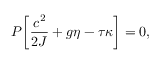
P \bigg [ \frac { c ^ { 2 } } { 2 J } + g \eta - \tau \kappa \bigg ] = 0 ,